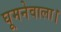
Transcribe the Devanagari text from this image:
घूमनेवाला।